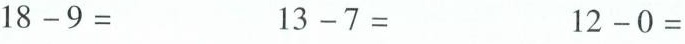
$$1 8 - 9 =$$ $$1 3 - 7 =$$ $$1 2 - 0 =$$